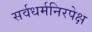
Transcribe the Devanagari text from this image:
सर्वधर्मनिरपेक्ष